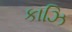
કાઝિ